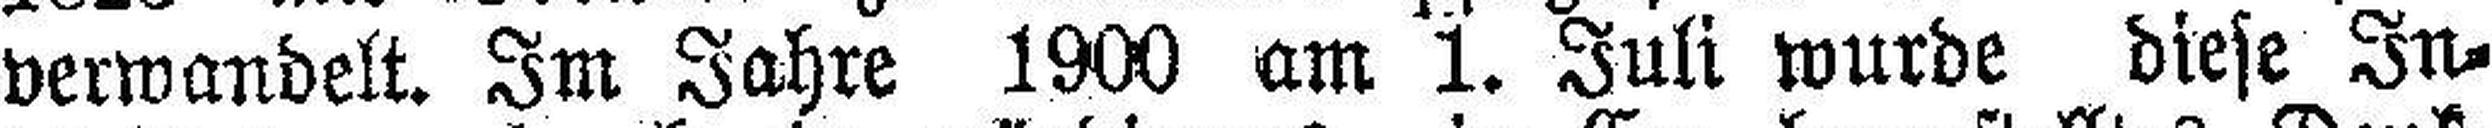
verwandelt. Im Jahre 1900 am 1. Juli wurde diese In¬